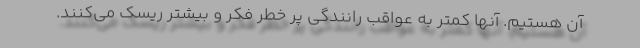
آن هستیم. آنها کمتر به عواقب رانندگی پر خطر فکر و بیشتر ریسک می‌کنند.